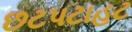
છટપટાહટ